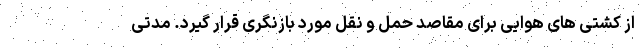
از کشتی های هوایی برای مقاصد حمل و نقل مورد بازنگری قرار گیرد. مدتی